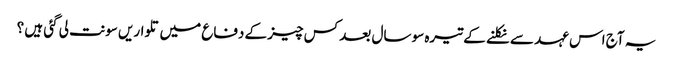
یہ آج اس عہد سے نکلنے کے تیرہ سو سال بعد کس چیز کے دفاع میں تلواریں سونت لی گئی ہیں ؟